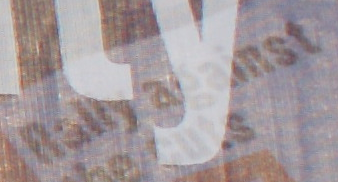
Rally against